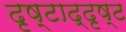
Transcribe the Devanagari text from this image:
दृष्टाद्दृष्ट